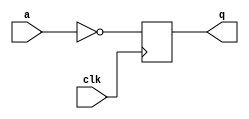
module top_module (
    input clk,
    input a,
    output q );
    
    always@(posedge clk)
        q <= ~a;

endmodule